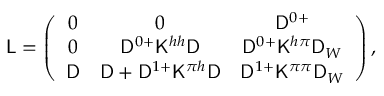
\mathsf { L } = \left( \begin{array} { c c c } { 0 } & { 0 } & { \mathsf { D } ^ { 0 + } } \\ { 0 } & { \mathsf { D } ^ { 0 + } \mathsf { K } ^ { h h } \mathsf { D } } & { \mathsf { D } ^ { 0 + } \mathsf { K } ^ { h \pi } \mathsf { D } _ { W } } \\ { \mathsf { D } } & { \mathsf { D } + \mathsf { D } ^ { 1 + } \mathsf { K } ^ { \pi h } \mathsf { D } } & { \mathsf { D } ^ { 1 + } \mathsf { K } ^ { \pi \pi } \mathsf { D } _ { W } } \end{array} \right) ,